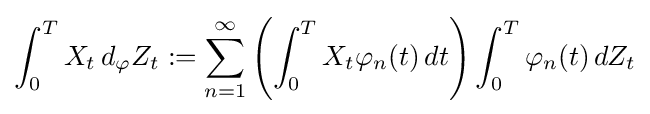
\int _{0}^{T}X_{t}\,d_{\varphi }Z_{t}:=\sum _{n=1}^{\infty }\left(\int _{0}^{T}X_{t}\varphi _{n}(t)\,dt\right)\int _{0}^{T}\varphi _{n}(t)\,dZ_{t}